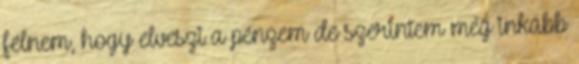
félnem, hogy elveszi a pénzem de szerintem még inkább